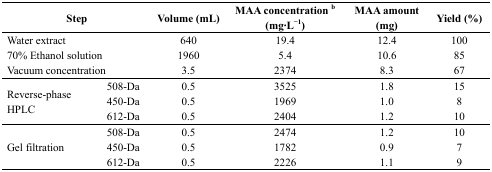
<table><thead><tr><td colspan="2"><b>Step</b></td><td><b>Volume (mL)</b></td><td><b>MAA concentration <sup>b</sup> (mg·L<sup>−1</sup>)</b></td><td><b>MAA amount (mg)</b></td><td><b>Yield (%)</b></td></tr></thead><tbody><tr><td colspan="2">Water extract</td><td>640</td><td>19.4</td><td>12.4</td><td>100</td></tr><tr><td colspan="2">70% Ethanol solution</td><td>1960</td><td>5.4</td><td>10.6</td><td>85</td></tr><tr><td colspan="2">Vacuum concentration</td><td>3.5</td><td>2374</td><td>8.3</td><td>67</td></tr><tr><td rowspan="3">Reverse-phase HPLC</td><td>508-Da</td><td>0.5</td><td>3525</td><td>1.8</td><td>15</td></tr><tr><td>450-Da</td><td>0.5</td><td>1969</td><td>1.0</td><td>8</td></tr><tr><td>612-Da</td><td>0.5</td><td>2404</td><td>1.2</td><td>10</td></tr><tr><td rowspan="3">Gel filtration</td><td>508-Da</td><td>0.5</td><td>2474</td><td>1.2</td><td>10</td></tr><tr><td>450-Da</td><td>0.5</td><td>1782</td><td>0.9</td><td>7</td></tr><tr><td>612-Da</td><td>0.5</td><td>2226</td><td>1.1</td><td>9</td></tr></tbody></table>